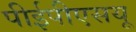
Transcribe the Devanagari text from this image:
पीईपीएसयू